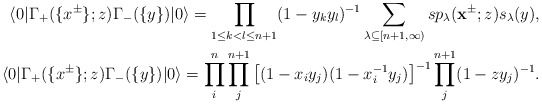
\begin{align*}\langle 0|\Gamma_+(\{x^{\pm}\};z)\Gamma_-(\{y\})|0\rangle=\prod_{1\leq k< l\leq n+1}(1-y_ky_l)^{-1}\sum_{\lambda\subseteq [n+1,\infty)}sp_\lambda(\mathbf{x}^{\pm};z)s_\lambda(y),\\\langle 0|\Gamma_+(\{x^{\pm}\};z)\Gamma_-(\{y\})|0\rangle=\prod^{n}_{i}\prod^{n+1}_{j}\left[(1-x_iy_j)(1-x^{-1}_iy_j)\right]^{-1}\prod^{n+1}_{j}(1-zy_j)^{-1}.\end{align*}